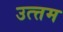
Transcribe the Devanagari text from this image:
उत्त्तम